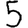
Digit: 5